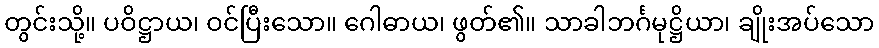
တွင်းသို့။ ပဝိဋ္ဌာယ၊ ဝင်ပြီးသော။ ဂေါဓာယ၊ ဖွတ်၏။ သာခါဘင်္ဂမုဋ္ဌိယာ၊ ချိုးအပ်သော